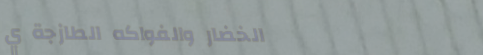
الخضار والفواكه الطازجة ي